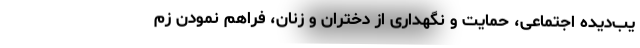
یب‌دیده اجتماعی، حمایت و نگهداری از دختران و زنان، فراهم نمودن زم